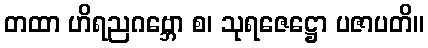
တထာ ဟိရညဂဗ္ဘော စ၊ သုရဇေဋ္ဌော ပဇာပတိ။